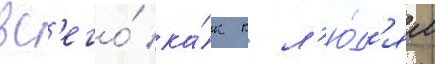
вс'его́ ка́к к л'ю́д'ям